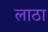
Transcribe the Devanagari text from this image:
लाठा